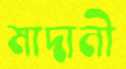
মাদানী